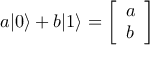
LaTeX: a | 0 \rangle + b | 1 \rangle = { \left[ \begin{array} { l } { a } \\ { b } \end{array} \right] }